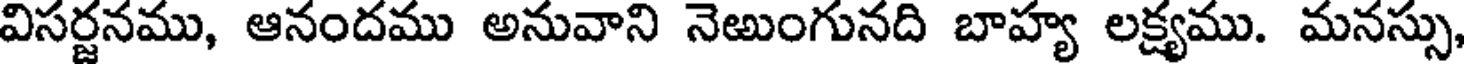
విసర్జనము, ఆనందము అనువాని నెఱుంగునది బాహ్య లక్ష్యము. మనస్సు